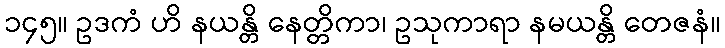
၁၄၅။ ဥဒကံ ဟိ နယန္တိ နေတ္တိကာ၊ ဥသုကာရာ နမယန္တိ တေဇနံ။